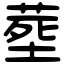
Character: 塟